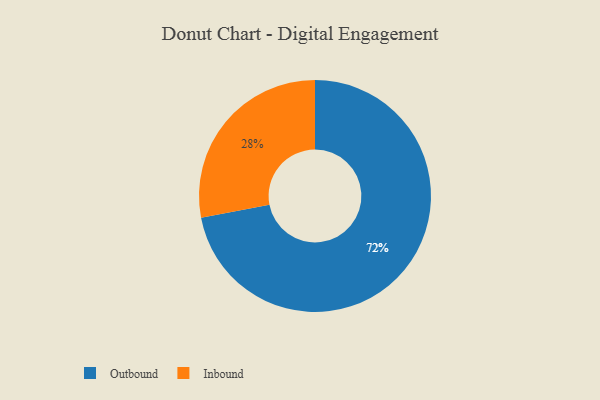
{"axis": {"x": "Category", "y": "Percentage"}, "legend": ["Inbound", "Outbound"], "data": [{"x": "Outbound", "y": 72, "type": "Outbound"}, {"x": "Inbound", "y": 28, "type": "Inbound"}]}